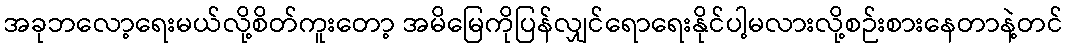
အခုဘလော့ရေးမယ်လို့စိတ်ကူးတော့ အမိမြေကိုပြန်လျှင်ရောရေးနိုင်ပါ့မလားလို့စဉ်းစားနေတာနဲ့တင်